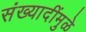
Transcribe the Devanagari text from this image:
संख्यादींमुळे